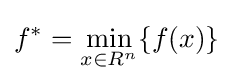
f^{*}=\min _{x\in R^{n}}\{f(x)\}